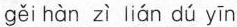
gěi hàn zì lián dú yīn